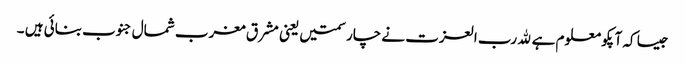
جیسا کہ آپکو معلوم ہے ﷲ رب العزت نے چار سمتیں یعنی مشرق مغرب شمال جنوب بنائی ہیں ۔